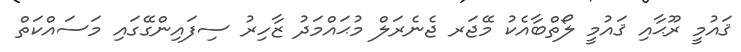
ޤައުމީ ރޫޙާއި ޤައުމީ ލޯތްބާއެކު މޭޖަރ ޖެނެރަލް މުޙައްމަދު ޒާހިރު ސިފައިންގޭގައި މަސައްކަތް